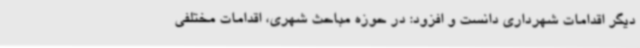
دیگر اقدامات شهرداری دانست و افزود: در حوزه مباحث شهری، اقدامات مختلفی